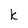
Character: k